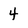
Character: 4